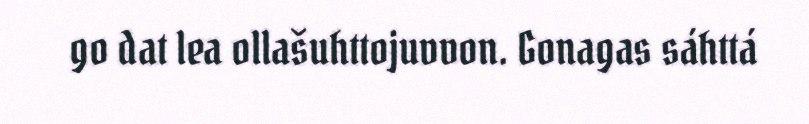
go dat lea ollašuhttojuvvon. Gonagas sáhttá